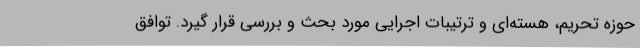
حوزه تحریم، هسته‌ای و ترتیبات اجرایی مورد بحث و بررسی قرار گیرد. توافق